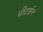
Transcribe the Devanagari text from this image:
पीटर्शन